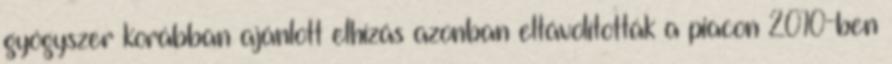
gyógyszer korábban ajánlott elhízás azonban eltávolították a piacon 2010-ben